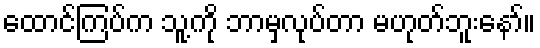
ထောင်ကြပ်က သူ့ကို ဘာမှလုပ်တာ မဟုတ်ဘူးနော်။